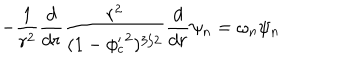
- \frac { 1 } { r ^ { 2 } } \frac { d } { d r } \frac { r ^ { 2 } } { ( 1 - { \phi _ { c } ^ { \prime } } ^ { 2 } ) ^ { 3 / 2 } } \frac { d } { d r } \psi _ { n } = \omega _ { n } \psi _ { n }